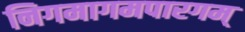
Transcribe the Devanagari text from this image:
निगमागमपारगम्